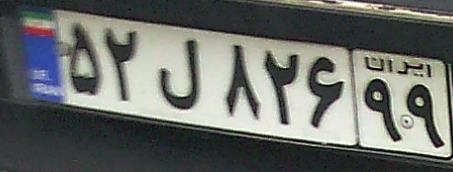
۵۲ل۸۲۶۹۹